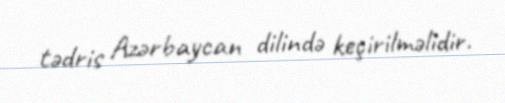
tədris Azərbaycan dilində keçirilməlidir.